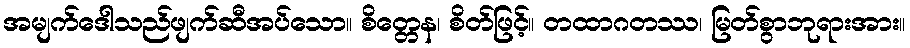
အမျက်ဒေါသည်ဖျက်ဆီအပ်သော။ စိတ္တေန၊ စိတ်ဖြင့်။ တထာဂတဿ၊ မြတ်စွာဘုရားအား။